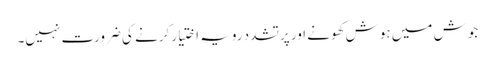
جوش میں ہوش کھونے اور پرتشدد رویہ اختیار کرنے کی ضرورت نہیں۔